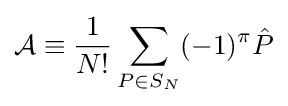
{\mathcal {A}}\equiv {\frac {1}{N!}}\sum _{P\in S_{N}}(-1)^{\pi }{\hat {P}}